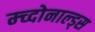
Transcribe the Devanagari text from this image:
म्च्दोनाल्ड्स